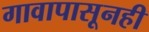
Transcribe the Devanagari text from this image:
गावापासूनही